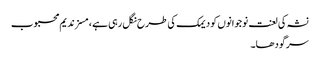
نشہ کی لعنت نوجوانوں کو دیمک کی طرح نگل رہی ہے ، مسز ندیم محبوب
سرگودھا۔